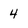
Character: 4